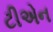
ટીએન